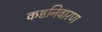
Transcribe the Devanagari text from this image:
कष्टनिवारण